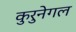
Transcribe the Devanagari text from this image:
कुरुनेगल